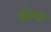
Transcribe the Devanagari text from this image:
हबेशा